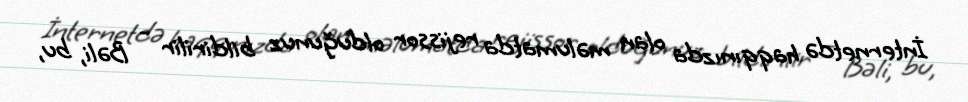
İnternetdə haqqınızda olan məlumatda rejissor olduğunuz bildirilir - Bəli, bu,